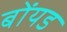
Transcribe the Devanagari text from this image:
बोंयड